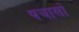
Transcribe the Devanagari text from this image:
पचासो